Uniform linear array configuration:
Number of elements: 4
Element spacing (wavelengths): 0.5
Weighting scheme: hamming
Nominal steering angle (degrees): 0
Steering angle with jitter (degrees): -1.803
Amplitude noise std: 0.05
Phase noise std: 0.05

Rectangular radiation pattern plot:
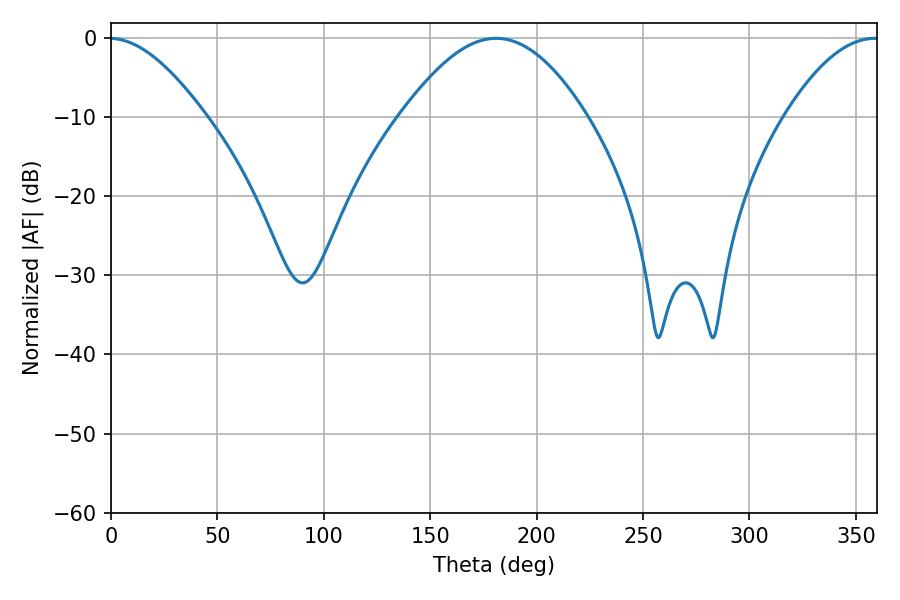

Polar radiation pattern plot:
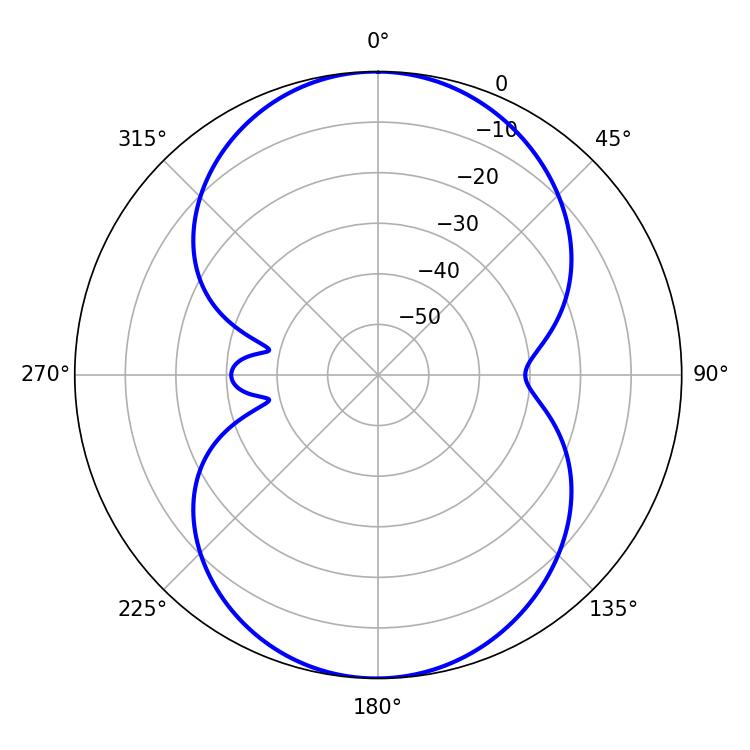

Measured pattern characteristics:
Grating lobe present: FALSE
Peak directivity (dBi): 31.857
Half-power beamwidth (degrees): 47.16
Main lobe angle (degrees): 180.9